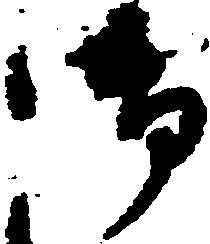
御